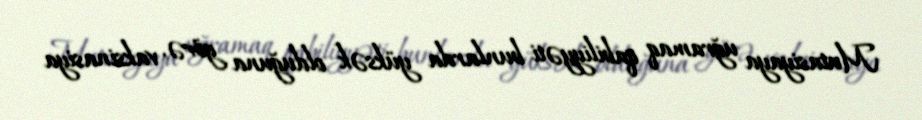
Mutasiyaya uğramaq qabiliyyəti bunlarda yüksək olduğuna görə, vaksinasiya